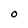
Character: O